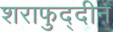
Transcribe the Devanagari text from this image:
शराफुद्दीन